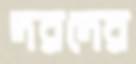
দরদের